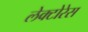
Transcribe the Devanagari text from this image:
लेक्टोरेस